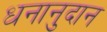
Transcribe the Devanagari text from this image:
धनानुदान